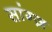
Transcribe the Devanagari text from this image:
सांग्ज़